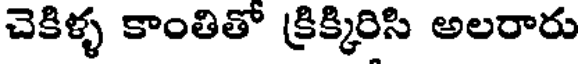
చెకిళ్ళ కాంతితో క్రిక్కిరిసి అలరారు